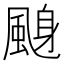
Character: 𱃁